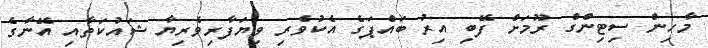
މާހިން ސިޓިންގް ރޫމަށް ފޭބި އިރު ބައްޕަގެ އެކުވެރި ވިޔަފާރިވެރިޔާ ޝައުކަތާއި އޭނާގެ